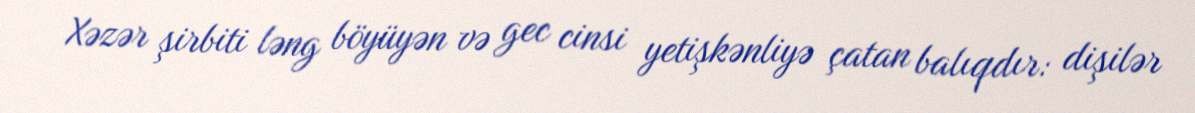
Xəzər şirbiti ləng böyüyən və gec cinsi yetişkənliyə çatan balıqdır: dişilər